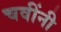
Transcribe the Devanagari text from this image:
चवींनी